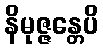
နိမုဇ္ဇန္တေပိ